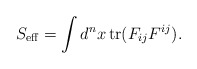
\begin{align*}S_{\rm eff} = \int d^n x\, {\rm tr} (F_{ij} F^{ij}).\end{align*}